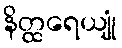
နိတ္ထရေယျုံ